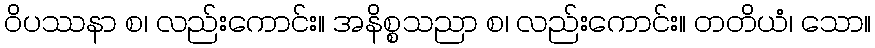
ဝိပဿနာ စ၊ လည်းကောင်း။ အနိစ္စသညာ စ၊ လည်းကောင်း။ တတိယံ၊ သော။